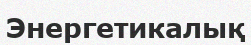
Энергетикалық